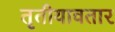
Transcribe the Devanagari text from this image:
तृतीयावतार